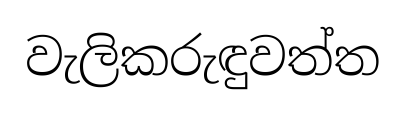
වැලිකරුඳුවත්ත